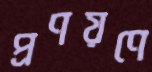
প্রণয়ণে